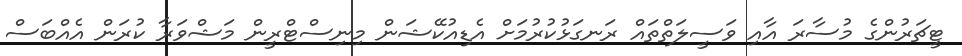
ޓީޗަރުންގެ މުސާރަ އާއި ވަސީލަތްތައް ރަނގަޅުކުރުމަށް އެޑިއުކޭޝަން މިނިސްޓްރީން މަޝްވަރާ ކުރަން އެއްބަސް